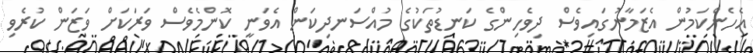
އެހެންކަމުން އެޒަމާނުގައިވެސް ދިވެހިންގެ ކަނޑުތަކުގެ މުއްސަނދިކަން އެވަނީ ކޮންމެވެސް ވަރަކަށް ވަޒަން ކުރެވި